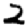
Digit: 2